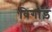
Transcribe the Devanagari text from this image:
विगाड़